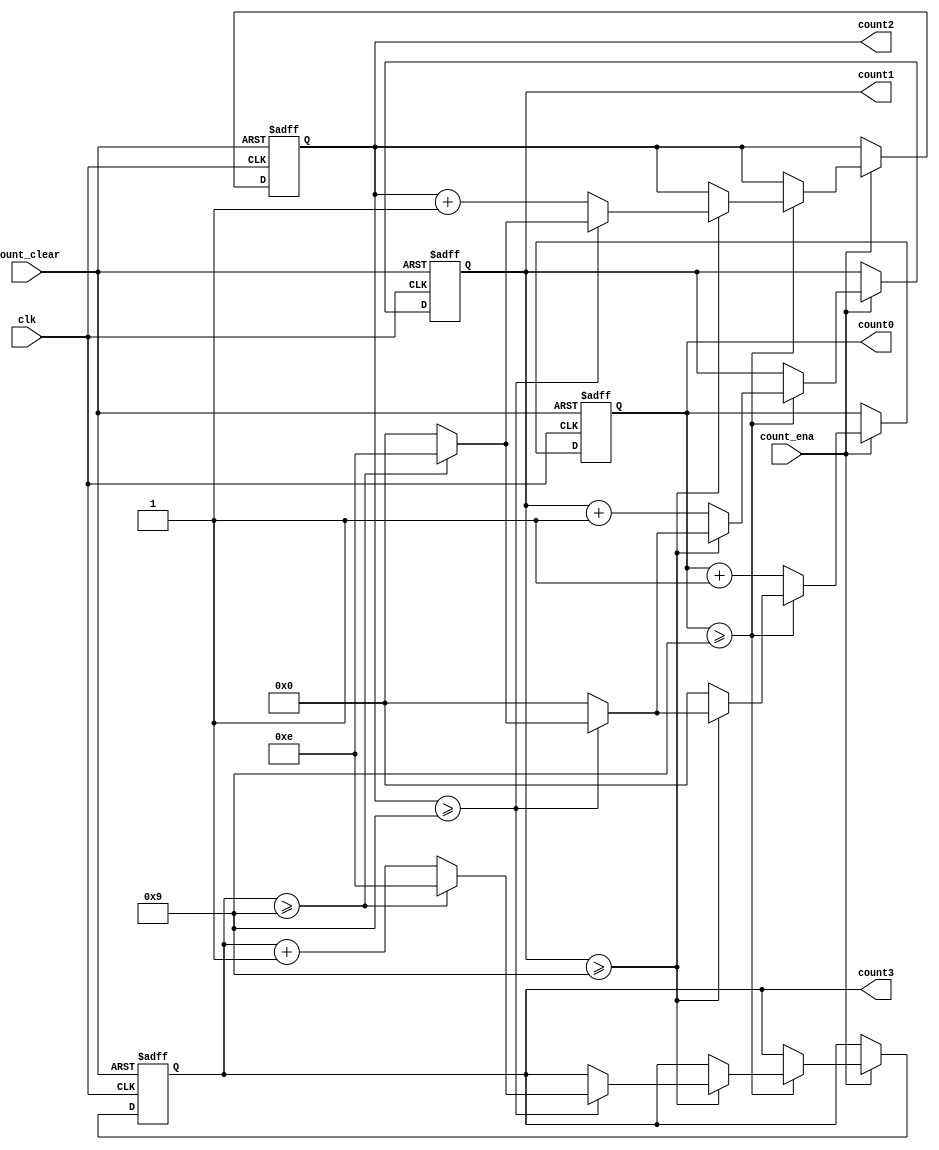
//4
module counter(clk,count_ena,count_clear,count3,count2,count1,count0);
	input clk,count_ena,count_clear;
	output [3:0] count3,count2,count1,count0;
	reg [3:0] count3,count2,count1,count0;
	
	initial begin
		count3<=0;
		count2<=0;
		count1<=0;
		count0<=0;
	end
	
	always@(posedge clk or posedge count_clear)
	begin
		if (count_clear)
			begin
				count3<=0;
				count2<=0;
				count1<=0;
				count0<=0;
			end
		else
			begin
				if (count_ena)
				begin
					count0<=count0+4'b0001;
					if (count0>=9)
						begin
							count0<=0;
							count1<=count1+4'b0001;
							if (count1>=9)
								begin
									count1<=0;
									count2<=count2+4'b0001;
									if (count2>=9)
										begin
											count2<=0;
											count3<=count3+4'b0001;
											if (count3>=9)
											begin
												count3<=4'b1110;
												count2<=4'b1110;
												count1<=4'b1110;
												count0<=4'b1110;
											end
										end
								end
						end
				end
			end
	end
endmodule